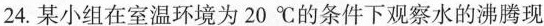
24.某小组在室温环境为20^{\circ}C的条件下观察水的沸腾现